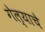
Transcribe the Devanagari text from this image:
गेल्‍याचे